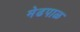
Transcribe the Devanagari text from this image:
मेढपाळ